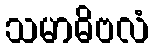
သမာဓိဗလံ